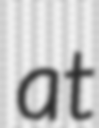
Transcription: at